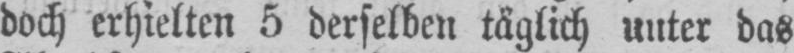
doch erhielten 5 derselben täglich unter das